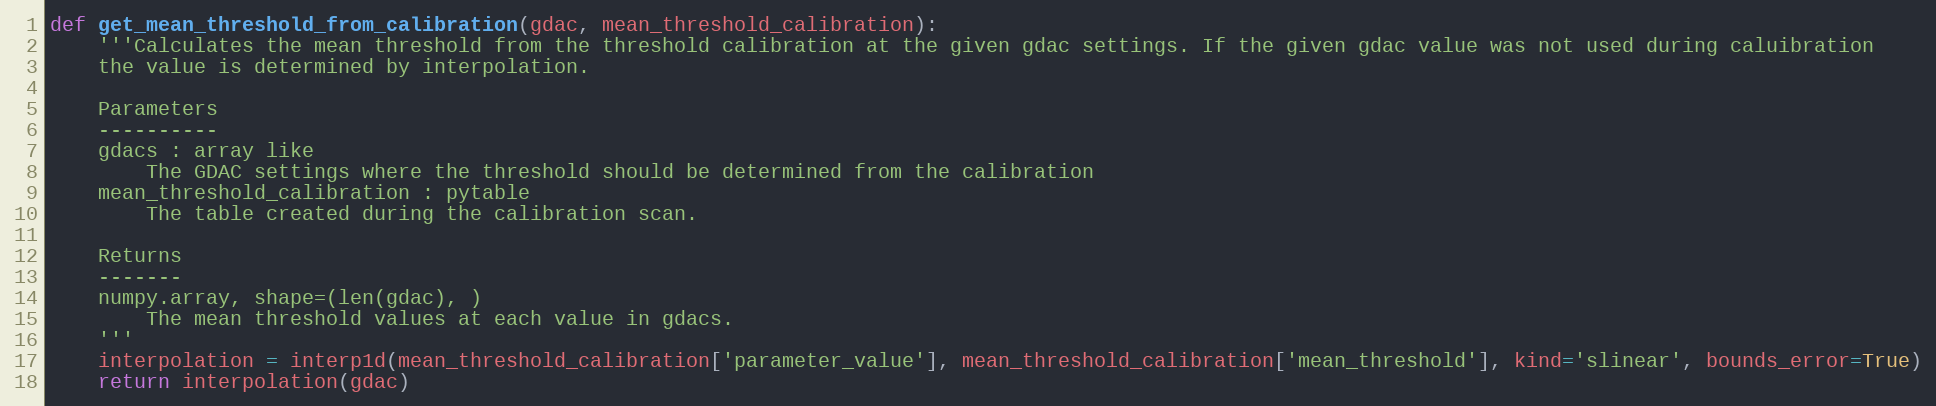
Language: Python
def get_mean_threshold_from_calibration(gdac, mean_threshold_calibration):
    '''Calculates the mean threshold from the threshold calibration at the given gdac settings. If the given gdac value was not used during caluibration
    the value is determined by interpolation.

    Parameters
    ----------
    gdacs : array like
        The GDAC settings where the threshold should be determined from the calibration
    mean_threshold_calibration : pytable
        The table created during the calibration scan.

    Returns
    -------
    numpy.array, shape=(len(gdac), )
        The mean threshold values at each value in gdacs.
    '''
    interpolation = interp1d(mean_threshold_calibration['parameter_value'], mean_threshold_calibration['mean_threshold'], kind='slinear', bounds_error=True)
    return interpolation(gdac)